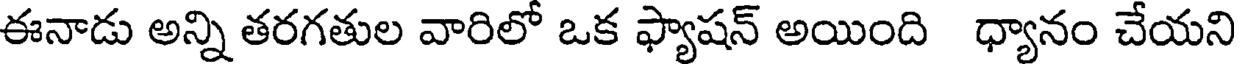
ఈనాడు అన్ని తరగతుల వారిలో ఒక ఫ్యాషన్ అయింది ధ్యానం చేయని